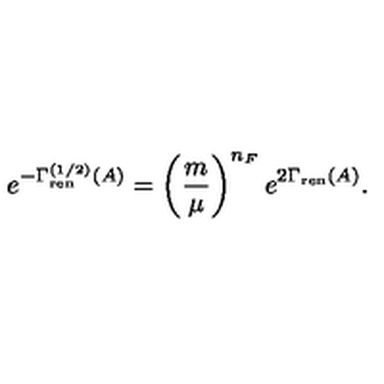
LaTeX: e ^ { - \Gamma _ { \mathrm { r e n } } ^ { ( 1 / 2 ) } ( A ) } = \left( { \frac { m } { \mu } } \right) ^ { n _ { F } } e ^ { 2 \Gamma _ { \mathrm { r e n } } ( A ) } .